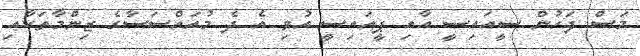
މަސް ފަހުން ސީއައިސީ އާއި ޕީއައިސީ އުވި އެ ދެ މުއައްސަސާގެ ޒިންމާތަކާއި